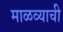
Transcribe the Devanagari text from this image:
माळव्याची